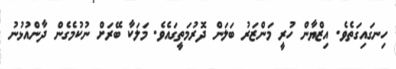
ހިނގައިގަތެވެ. އިޒްޔާން ހުރީ މަންޒަރު ބަލަން ދޮރުމަތީގައެވެ. މަލަކާ ބޭރަށް ނުކުމެގެން ދާންއުޅުނު